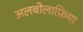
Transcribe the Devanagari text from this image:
अलबोलाफ़िया